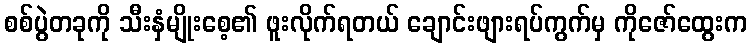
စစ်ပွဲတခုကို သီးနှံမျိုးစေ့၏ ဖူးလိုက်ရတယ် ချောင်းဖျားရပ်ကွက်မှ ကိုဇော်ထွေးက